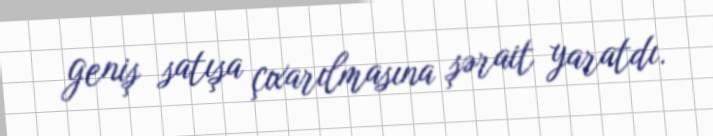
geniş satışa çıxarılmasına şərait yaratdı.